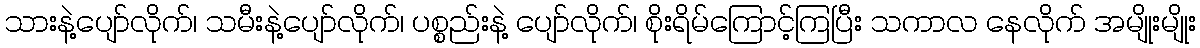
သားနဲ့ပျော်လိုက်၊ သမီးနဲ့ပျော်လိုက်၊ ပစ္စည်းနဲ့ ပျော်လိုက်၊ စိုးရိမ်ကြောင့်ကြပြီး သကာလ နေလိုက် အမျိုးမျိုး